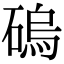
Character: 䃖